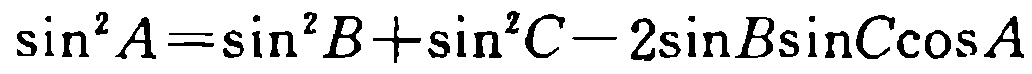
\(\sin^{2}A=\sin^{2}B+\sin^{2}C - 2\sin B\sin C\cos A\)